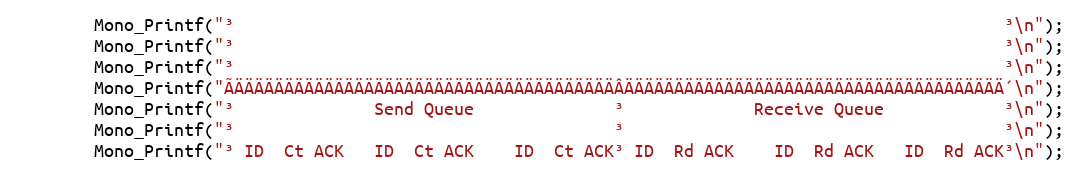
Language: C++
		Mono_Printf("³                                                                             ³\n");
		Mono_Printf("³                                                                             ³\n");
		Mono_Printf("³                                                                             ³\n");
		Mono_Printf("ÃÄÄÄÄÄÄÄÄÄÄÄÄÄÄÄÄÄÄÄÄÄÄÄÄÄÄÄÄÄÄÄÄÄÄÄÄÄÄÂÄÄÄÄÄÄÄÄÄÄÄÄÄÄÄÄÄÄÄÄÄÄÄÄÄÄÄÄÄÄÄÄÄÄÄÄÄÄ´\n");
		Mono_Printf("³              Send Queue              ³             Receive Queue            ³\n");
		Mono_Printf("³                                      ³                                      ³\n");
		Mono_Printf("³ ID  Ct ACK   ID  Ct ACK    ID  Ct ACK³ ID  Rd ACK    ID  Rd ACK   ID  Rd ACK³\n");